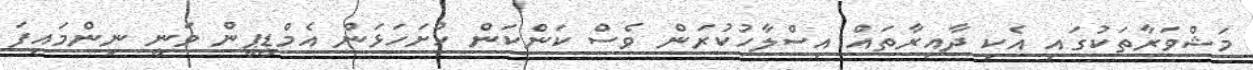
މަޝްވަރާތަކުގައި އެކި ދާއިރާތައް އިސްލާހުކުރަން ވެސް ކަންކަން ހުށަހަޅަން އެމްޑީޕީން ވަނީ ނިންމައިފަ